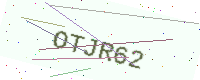
Text: OTJR62